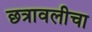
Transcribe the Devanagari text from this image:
छत्रावलीचा